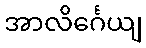
အာလိင်္ဂေယျ